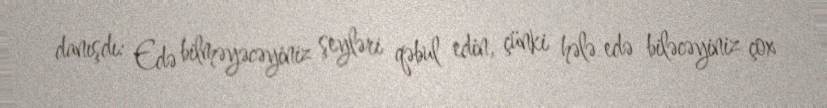
danışdı: Edə bilməyəcəyiniz şeyləri qəbul edin, çünki hələ edə biləcəyiniz çox